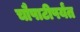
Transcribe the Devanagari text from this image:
चौपाटीपर्यंत